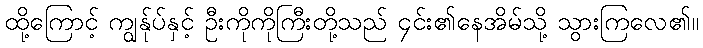
ထို့ကြောင့် ကျွန်ုပ်နှင့် ဦးကိုကိုကြီးတို့သည် ၄င်း၏နေအိမ်သို့ သွားကြလေ၏။